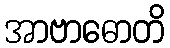
အာဗာဓောတိ